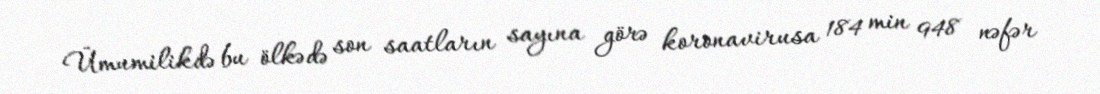
Ümumilikdə bu ölkədə son saatların sayına görə koronavirusa 184 min 948 nəfər